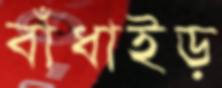
বাঁধাইড়